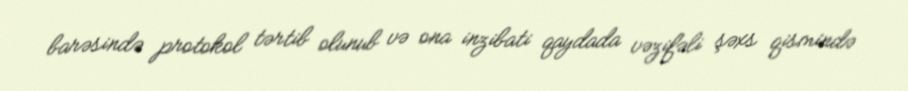
barəsində protokol tərtib olunub və ona inzibati qaydada vəzifəli şəxs qismində